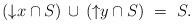
LaTeX: \begin{align*}\begin{minipage}[c]{35pc}$({\downarrow}x\cap S)\,\cup\,({\uparrow}y\cap S)\ =\ S.$\end{minipage}\end{align*}